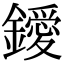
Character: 鑀